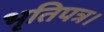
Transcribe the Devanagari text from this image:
भृतिपत्र।